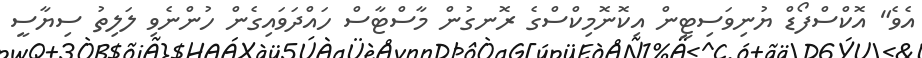
އެވެ" އޮކްސްފޯޑް ޔުނިވަސިޓީން އިކޮނޮމިކްސްގެ ރޮނގުން މާސްޓާސް ހައްދަވައިގެން ހުންނެވި ލަލިތު ސިޔާސީ